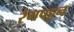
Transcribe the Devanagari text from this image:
रंगपट्टन